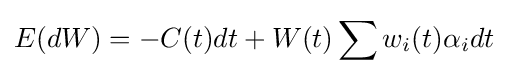
E(dW)=-C(t)dt+W(t)\sum w_{i}(t)\alpha _{i}dt